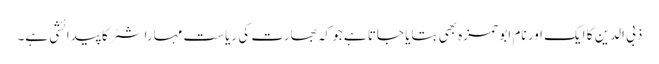
ذبی الدین کا ایک اور نام ابو حمزہ بھی بتایا جاتا ہے جو کہ بھارت کی ریاست مہاراشٹر کا پیدائشی ہے۔